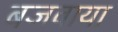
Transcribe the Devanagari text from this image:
बजवाया